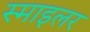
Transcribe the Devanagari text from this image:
स्माइलर